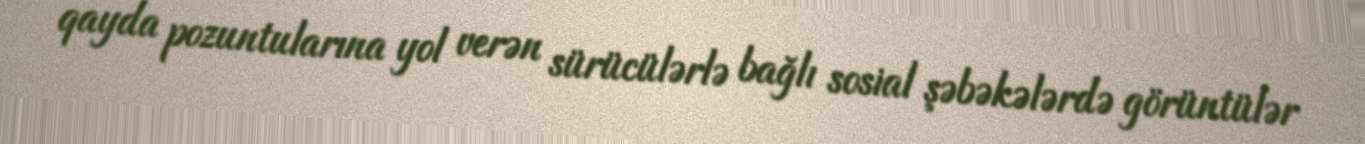
qayda pozuntularına yol verən sürücülərlə bağlı sosial şəbəkələrdə görüntülər